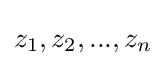
z_{1},z_{2},...,z_{n}